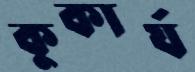
কুকার্য